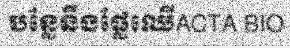
បន្លែនឹងផ្លែឈើACTA BIO